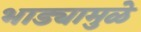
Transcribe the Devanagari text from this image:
भाड्यामुळे